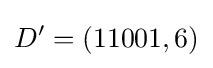
D'=(11001,6)